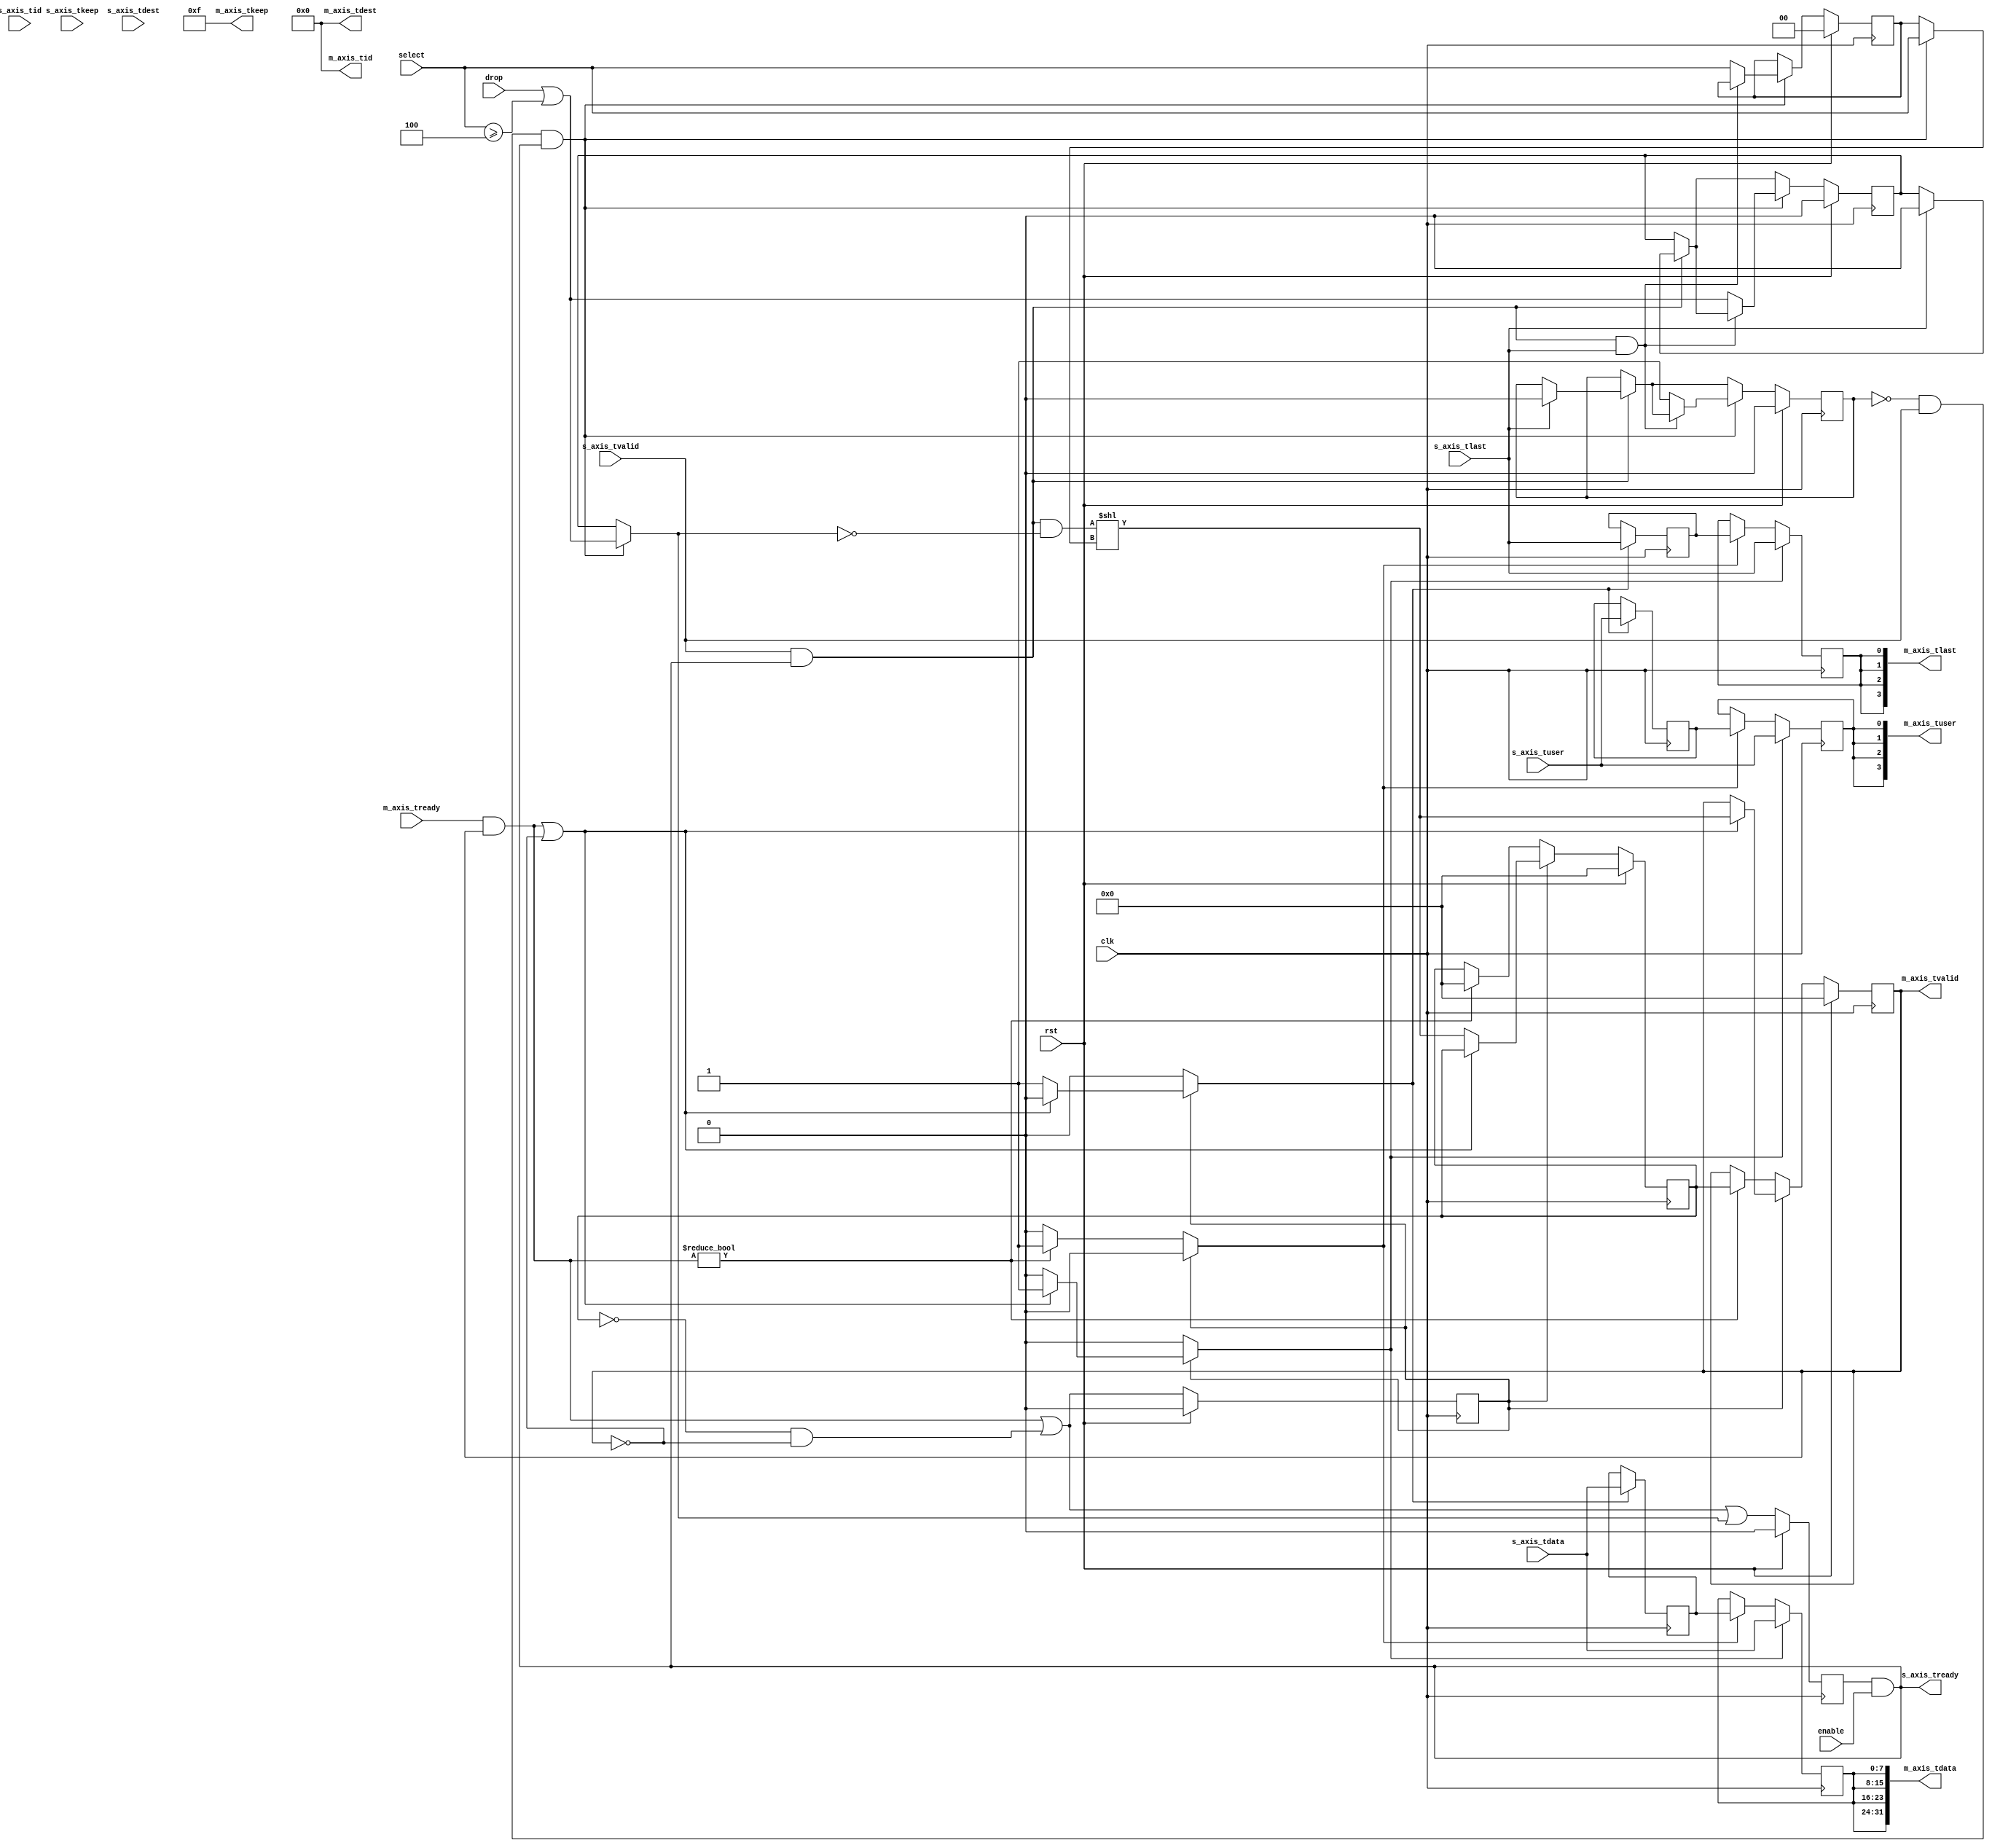
/*

Copyright (c) 2018 Alex Forencich

Permission is hereby granted, free of charge, to any person obtaining a copy
of this software and associated documentation files (the "Software"), to deal
in the Software without restriction, including without limitation the rights
to use, copy, modify, merge, publish, distribute, sublicense, and/or sell
copies of the Software, and to permit persons to whom the Software is
furnished to do so, subject to the following conditions:

The above copyright notice and this permission notice shall be included in
all copies or substantial portions of the Software.

THE SOFTWARE IS PROVIDED "AS IS", WITHOUT WARRANTY OF ANY KIND, EXPRESS OR
IMPLIED, INCLUDING BUT NOT LIMITED TO THE WARRANTIES OF MERCHANTABILITY
FITNESS FOR A PARTICULAR PURPOSE AND NONINFRINGEMENT. IN NO EVENT SHALL THE
AUTHORS OR COPYRIGHT HOLDERS BE LIABLE FOR ANY CLAIM, DAMAGES OR OTHER
LIABILITY, WHETHER IN AN ACTION OF CONTRACT, TORT OR OTHERWISE, ARISING FROM,
OUT OF OR IN CONNECTION WITH THE SOFTWARE OR THE USE OR OTHER DEALINGS IN
THE SOFTWARE.

*/

// Language: Verilog 2001

`resetall
`timescale 1ns / 1ps
`default_nettype none

/*
 * AXI4-Stream demultiplexer
 */
module axis_demux #
(
    // Number of AXI stream outputs
    parameter M_COUNT = 4,
    // Width of AXI stream interfaces in bits
    parameter DATA_WIDTH = 8,
    // Propagate tkeep signal
    parameter KEEP_ENABLE = (DATA_WIDTH>8),
    // tkeep signal width (words per cycle)
    parameter KEEP_WIDTH = ((DATA_WIDTH+7)/8),
    // Propagate tid signal
    parameter ID_ENABLE = 0,
    // tid signal width
    parameter ID_WIDTH = 8,
    // Propagate tdest signal
    parameter DEST_ENABLE = 0,
    // output tdest signal width
    parameter M_DEST_WIDTH = 8,
    // input tdest signal width
    parameter S_DEST_WIDTH = M_DEST_WIDTH+$clog2(M_COUNT),
    // Propagate tuser signal
    parameter USER_ENABLE = 1,
    // tuser signal width
    parameter USER_WIDTH = 1,
    // route via tdest
    parameter TDEST_ROUTE = 0
)
(
    input  wire                             clk,
    input  wire                             rst,

    /*
     * AXI input
     */
    input  wire [DATA_WIDTH-1:0]            s_axis_tdata,
    input  wire [KEEP_WIDTH-1:0]            s_axis_tkeep,
    input  wire                             s_axis_tvalid,
    output wire                             s_axis_tready,
    input  wire                             s_axis_tlast,
    input  wire [ID_WIDTH-1:0]              s_axis_tid,
    input  wire [S_DEST_WIDTH-1:0]          s_axis_tdest,
    input  wire [USER_WIDTH-1:0]            s_axis_tuser,

    /*
     * AXI outputs
     */
    output wire [M_COUNT*DATA_WIDTH-1:0]    m_axis_tdata,
    output wire [M_COUNT*KEEP_WIDTH-1:0]    m_axis_tkeep,
    output wire [M_COUNT-1:0]               m_axis_tvalid,
    input  wire [M_COUNT-1:0]               m_axis_tready,
    output wire [M_COUNT-1:0]               m_axis_tlast,
    output wire [M_COUNT*ID_WIDTH-1:0]      m_axis_tid,
    output wire [M_COUNT*M_DEST_WIDTH-1:0]  m_axis_tdest,
    output wire [M_COUNT*USER_WIDTH-1:0]    m_axis_tuser,

    /*
     * Control
     */
    input  wire                             enable,
    input  wire                             drop,
    input  wire [$clog2(M_COUNT)-1:0]       select
);

parameter CL_M_COUNT = $clog2(M_COUNT);

parameter M_DEST_WIDTH_INT = M_DEST_WIDTH > 0 ? M_DEST_WIDTH : 1;

// check configuration
initial begin
    if (TDEST_ROUTE) begin
        if (!DEST_ENABLE) begin
            $error("Error: TDEST_ROUTE set requires DEST_ENABLE set (instance %m)");
            $finish;
        end

        if (S_DEST_WIDTH < CL_M_COUNT) begin
            $error("Error: S_DEST_WIDTH too small for port count (instance %m)");
            $finish;
        end
    end
end

reg [CL_M_COUNT-1:0] select_reg = {CL_M_COUNT{1'b0}}, select_ctl, select_next;
reg drop_reg = 1'b0, drop_ctl, drop_next;
reg frame_reg = 1'b0, frame_ctl, frame_next;

reg s_axis_tready_reg = 1'b0, s_axis_tready_next;

// internal datapath
reg  [DATA_WIDTH-1:0]    m_axis_tdata_int;
reg  [KEEP_WIDTH-1:0]    m_axis_tkeep_int;
reg  [M_COUNT-1:0]       m_axis_tvalid_int;
reg                      m_axis_tready_int_reg = 1'b0;
reg                      m_axis_tlast_int;
reg  [ID_WIDTH-1:0]      m_axis_tid_int;
reg  [M_DEST_WIDTH-1:0]  m_axis_tdest_int;
reg  [USER_WIDTH-1:0]    m_axis_tuser_int;
wire                     m_axis_tready_int_early;

assign s_axis_tready = s_axis_tready_reg && enable;

always @* begin
    select_next = select_reg;
    select_ctl = select_reg;
    drop_next = drop_reg;
    drop_ctl = drop_reg;
    frame_next = frame_reg;
    frame_ctl = frame_reg;

    s_axis_tready_next = 1'b0;

    if (s_axis_tvalid && s_axis_tready) begin
        // end of frame detection
        if (s_axis_tlast) begin
            frame_next = 1'b0;
            drop_next = 1'b0;
        end
    end

    if (!frame_reg && s_axis_tvalid && s_axis_tready) begin
        // start of frame, grab select value
        if (TDEST_ROUTE) begin
            if (M_COUNT > 1) begin
                select_ctl = s_axis_tdest[S_DEST_WIDTH-1:S_DEST_WIDTH-CL_M_COUNT];
                drop_ctl = s_axis_tdest[S_DEST_WIDTH-1:S_DEST_WIDTH-CL_M_COUNT] >= M_COUNT;
            end else begin
                select_ctl = 0;
                drop_ctl = 1'b0;
            end
        end else begin
            select_ctl = select;
            drop_ctl = drop || select >= M_COUNT;
        end
        frame_ctl = 1'b1;
        if (!(s_axis_tready && s_axis_tvalid && s_axis_tlast)) begin
            select_next = select_ctl;
            drop_next = drop_ctl;
            frame_next = 1'b1;
        end
    end

    s_axis_tready_next = (m_axis_tready_int_early || drop_ctl);

    m_axis_tdata_int  = s_axis_tdata;
    m_axis_tkeep_int  = s_axis_tkeep;
    m_axis_tvalid_int = (s_axis_tvalid && s_axis_tready && !drop_ctl) << select_ctl;
    m_axis_tlast_int  = s_axis_tlast;
    m_axis_tid_int    = s_axis_tid;
    m_axis_tdest_int  = s_axis_tdest;
    m_axis_tuser_int  = s_axis_tuser; 
end

always @(posedge clk) begin
    select_reg <= select_next;
    drop_reg <= drop_next;
    frame_reg <= frame_next;
    s_axis_tready_reg <= s_axis_tready_next;

    if (rst) begin
        select_reg <= 2'd0;
        drop_reg <= 1'b0;
        frame_reg <= 1'b0;
        s_axis_tready_reg <= 1'b0;
    end
end

// output datapath logic
reg [DATA_WIDTH-1:0]    m_axis_tdata_reg  = {DATA_WIDTH{1'b0}};
reg [KEEP_WIDTH-1:0]    m_axis_tkeep_reg  = {KEEP_WIDTH{1'b0}};
reg [M_COUNT-1:0]       m_axis_tvalid_reg = {M_COUNT{1'b0}}, m_axis_tvalid_next;
reg                     m_axis_tlast_reg  = 1'b0;
reg [ID_WIDTH-1:0]      m_axis_tid_reg    = {ID_WIDTH{1'b0}};
reg [M_DEST_WIDTH-1:0]  m_axis_tdest_reg  = {M_DEST_WIDTH_INT{1'b0}};
reg [USER_WIDTH-1:0]    m_axis_tuser_reg  = {USER_WIDTH{1'b0}};

reg [DATA_WIDTH-1:0]    temp_m_axis_tdata_reg  = {DATA_WIDTH{1'b0}};
reg [KEEP_WIDTH-1:0]    temp_m_axis_tkeep_reg  = {KEEP_WIDTH{1'b0}};
reg [M_COUNT-1:0]       temp_m_axis_tvalid_reg = {M_COUNT{1'b0}}, temp_m_axis_tvalid_next;
reg                     temp_m_axis_tlast_reg  = 1'b0;
reg [ID_WIDTH-1:0]      temp_m_axis_tid_reg    = {ID_WIDTH{1'b0}};
reg [M_DEST_WIDTH-1:0]  temp_m_axis_tdest_reg  = {M_DEST_WIDTH_INT{1'b0}};
reg [USER_WIDTH-1:0]    temp_m_axis_tuser_reg  = {USER_WIDTH{1'b0}};

// datapath control
reg store_axis_int_to_output;
reg store_axis_int_to_temp;
reg store_axis_temp_to_output;

assign m_axis_tdata  = {M_COUNT{m_axis_tdata_reg}};
assign m_axis_tkeep  = KEEP_ENABLE ? {M_COUNT{m_axis_tkeep_reg}} : {M_COUNT*KEEP_WIDTH{1'b1}};
assign m_axis_tvalid = m_axis_tvalid_reg;
assign m_axis_tlast  = {M_COUNT{m_axis_tlast_reg}};
assign m_axis_tid    = ID_ENABLE   ? {M_COUNT{m_axis_tid_reg}}   : {M_COUNT*ID_WIDTH{1'b0}};
assign m_axis_tdest  = DEST_ENABLE ? {M_COUNT{m_axis_tdest_reg}} : {M_COUNT*M_DEST_WIDTH_INT{1'b0}};
assign m_axis_tuser  = USER_ENABLE ? {M_COUNT{m_axis_tuser_reg}} : {M_COUNT*USER_WIDTH{1'b0}};

// enable ready input next cycle if output is ready or if both output registers are empty
assign m_axis_tready_int_early = (m_axis_tready & m_axis_tvalid) || (!temp_m_axis_tvalid_reg && !m_axis_tvalid_reg);

always @* begin
    // transfer sink ready state to source
    m_axis_tvalid_next = m_axis_tvalid_reg;
    temp_m_axis_tvalid_next = temp_m_axis_tvalid_reg;

    store_axis_int_to_output = 1'b0;
    store_axis_int_to_temp = 1'b0;
    store_axis_temp_to_output = 1'b0;

    if (m_axis_tready_int_reg) begin
        // input is ready
        if ((m_axis_tready & m_axis_tvalid) || !m_axis_tvalid) begin
            // output is ready or currently not valid, transfer data to output
            m_axis_tvalid_next = m_axis_tvalid_int;
            store_axis_int_to_output = 1'b1;
        end else begin
            // output is not ready, store input in temp
            temp_m_axis_tvalid_next = m_axis_tvalid_int;
            store_axis_int_to_temp = 1'b1;
        end
    end else if (m_axis_tready & m_axis_tvalid) begin
        // input is not ready, but output is ready
        m_axis_tvalid_next = temp_m_axis_tvalid_reg;
        temp_m_axis_tvalid_next = {M_COUNT{1'b0}};
        store_axis_temp_to_output = 1'b1;
    end
end

always @(posedge clk) begin
    m_axis_tvalid_reg <= m_axis_tvalid_next;
    m_axis_tready_int_reg <= m_axis_tready_int_early;
    temp_m_axis_tvalid_reg <= temp_m_axis_tvalid_next;

    // datapath
    if (store_axis_int_to_output) begin
        m_axis_tdata_reg <= m_axis_tdata_int;
        m_axis_tkeep_reg <= m_axis_tkeep_int;
        m_axis_tlast_reg <= m_axis_tlast_int;
        m_axis_tid_reg   <= m_axis_tid_int;
        m_axis_tdest_reg <= m_axis_tdest_int;
        m_axis_tuser_reg <= m_axis_tuser_int;
    end else if (store_axis_temp_to_output) begin
        m_axis_tdata_reg <= temp_m_axis_tdata_reg;
        m_axis_tkeep_reg <= temp_m_axis_tkeep_reg;
        m_axis_tlast_reg <= temp_m_axis_tlast_reg;
        m_axis_tid_reg   <= temp_m_axis_tid_reg;
        m_axis_tdest_reg <= temp_m_axis_tdest_reg;
        m_axis_tuser_reg <= temp_m_axis_tuser_reg;
    end

    if (store_axis_int_to_temp) begin
        temp_m_axis_tdata_reg <= m_axis_tdata_int;
        temp_m_axis_tkeep_reg <= m_axis_tkeep_int;
        temp_m_axis_tlast_reg <= m_axis_tlast_int;
        temp_m_axis_tid_reg   <= m_axis_tid_int;
        temp_m_axis_tdest_reg <= m_axis_tdest_int;
        temp_m_axis_tuser_reg <= m_axis_tuser_int;
    end

    if (rst) begin
        m_axis_tvalid_reg <= {M_COUNT{1'b0}};
        m_axis_tready_int_reg <= 1'b0;
        temp_m_axis_tvalid_reg <= {M_COUNT{1'b0}};
    end
end

endmodule

`resetall